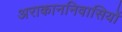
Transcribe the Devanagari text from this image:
अराकाननिवासियों